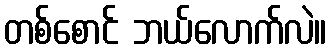
တစ်စောင် ဘယ်လောက်လဲ။